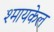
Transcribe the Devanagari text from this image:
श्मायकेल